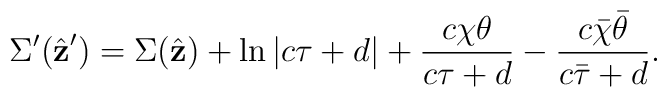
\Sigma'(\hat{\bf z}') =\Sigma(\hat{\bf z}) +\ln \left|c \tau+d \right| + \frac{c\chi \theta}{c \tau +d} -\frac{c\bar\chi\bar\theta}{c \bar\tau+d}.